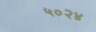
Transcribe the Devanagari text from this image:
५०२४